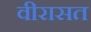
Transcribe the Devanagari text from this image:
वीरासत